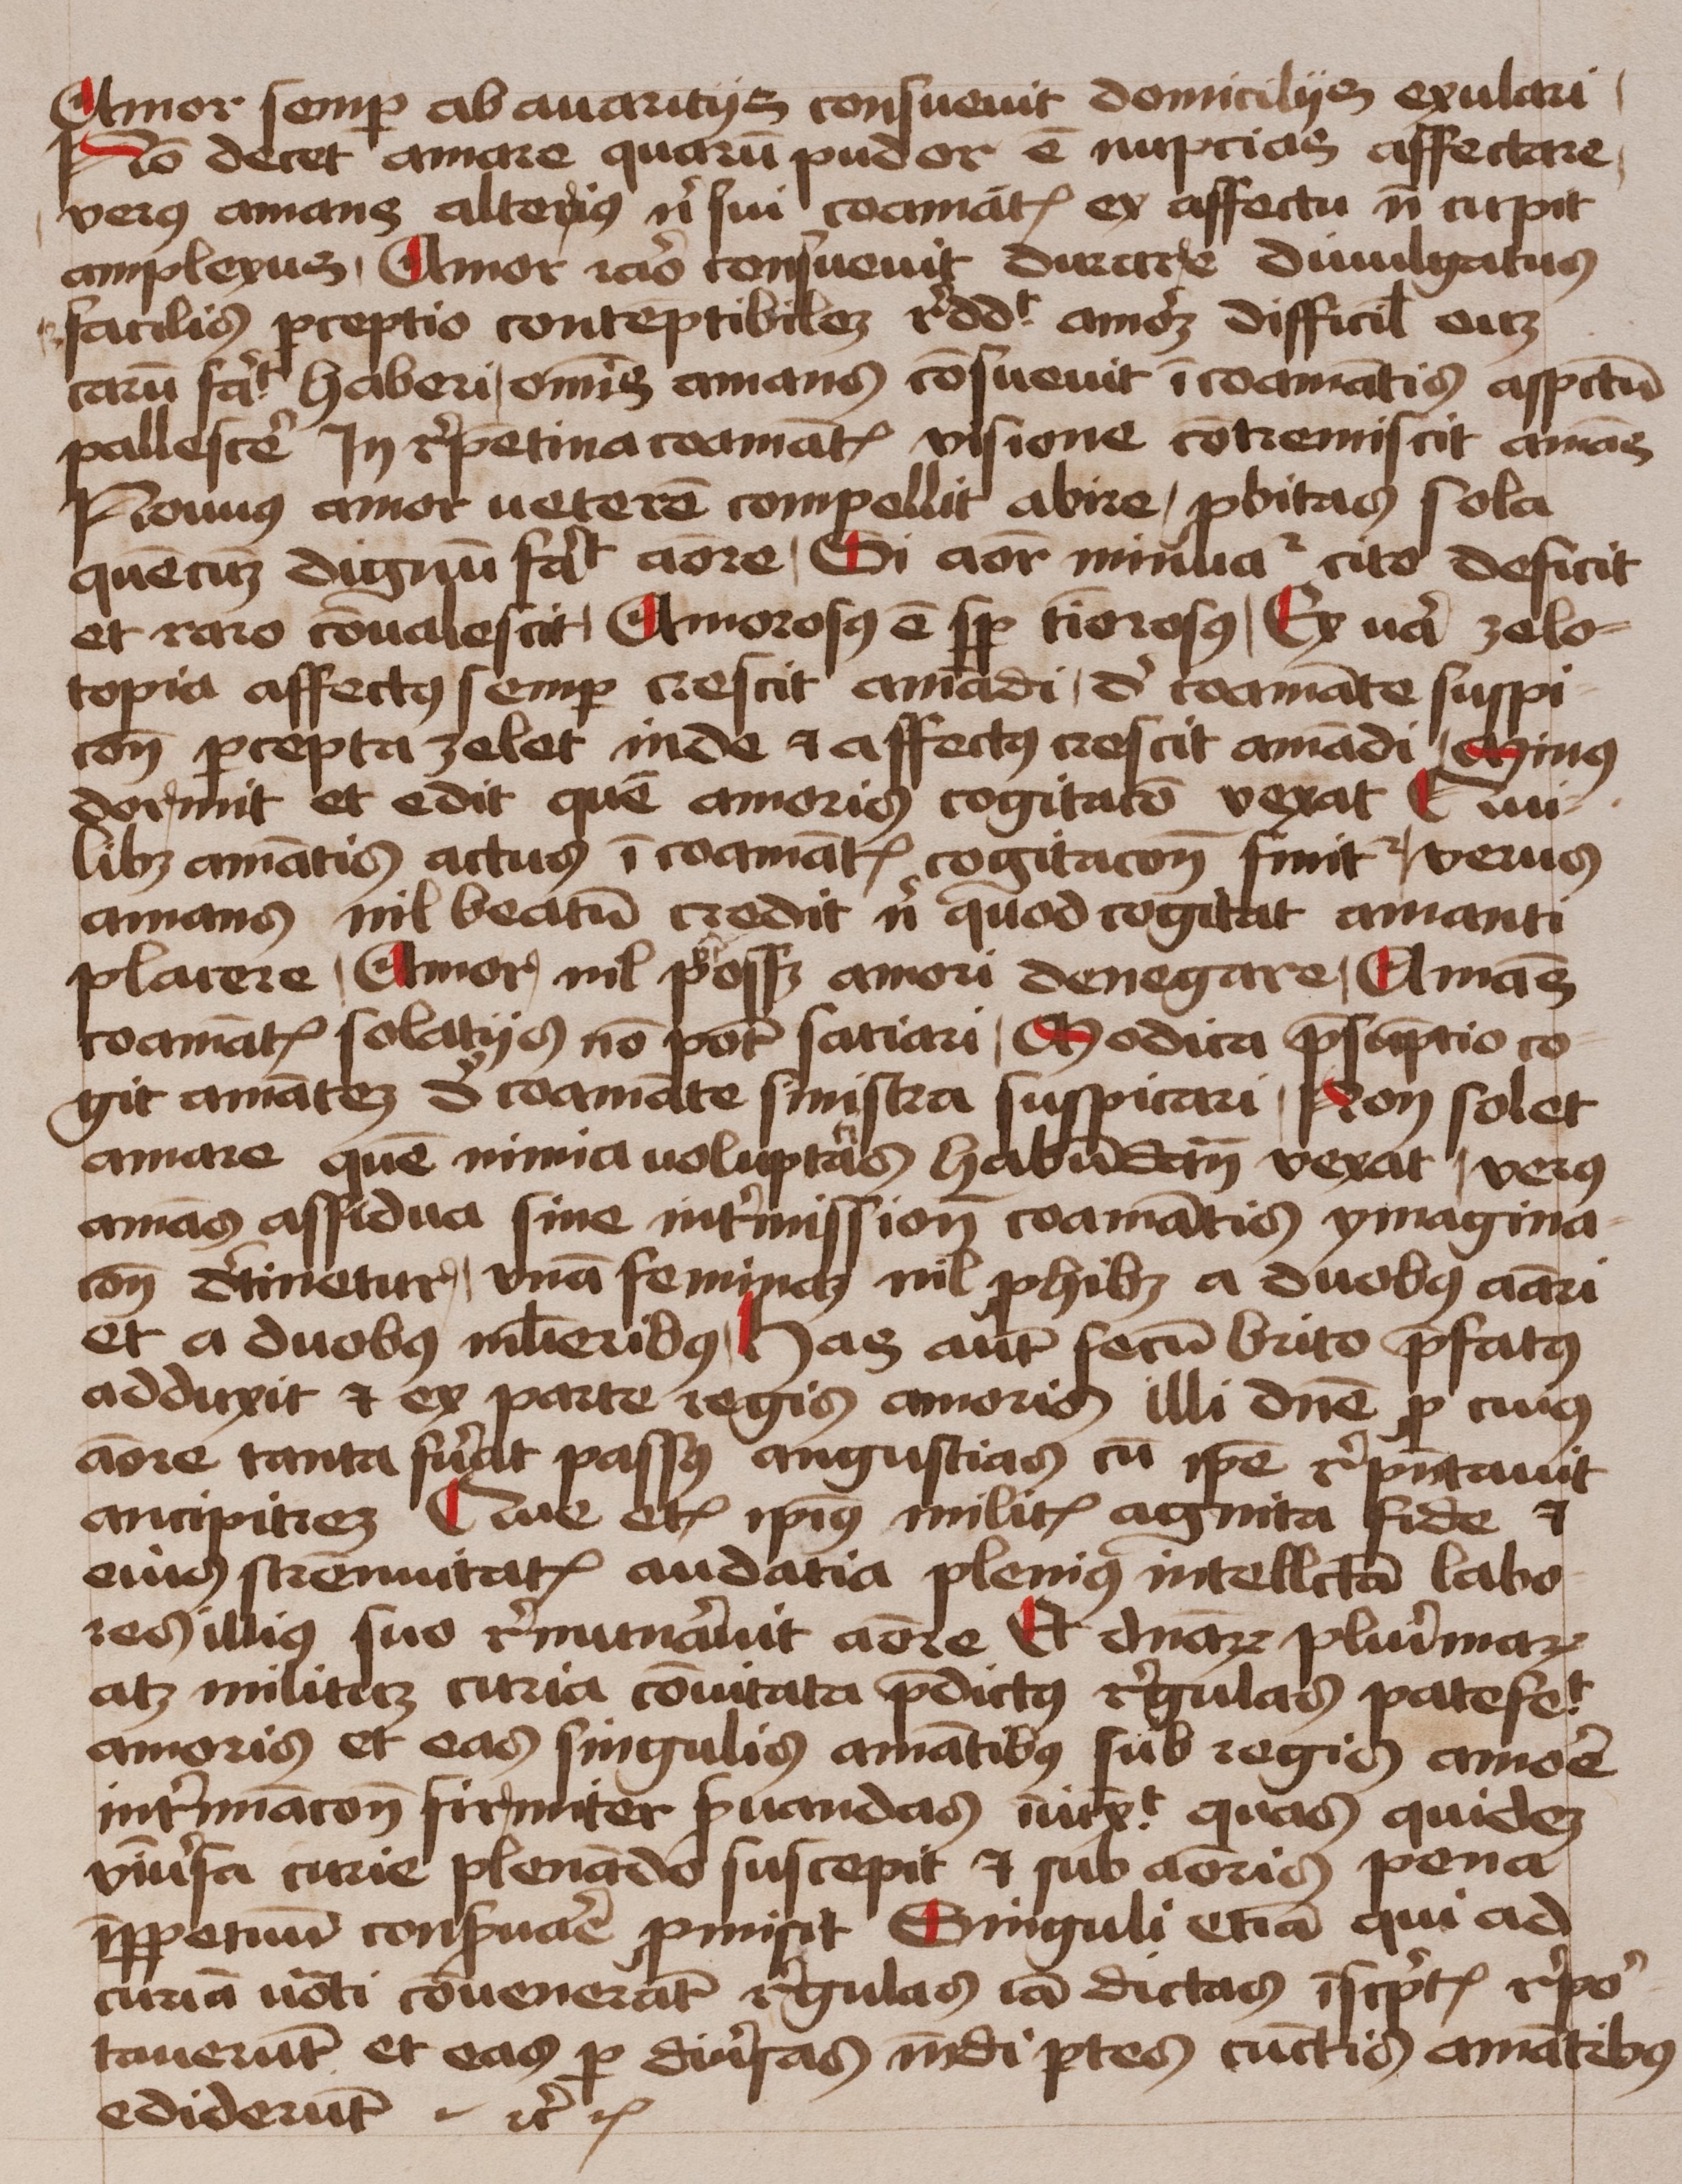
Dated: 1450–1474